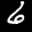
Label: 6